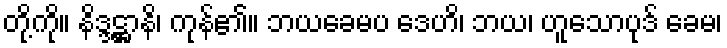
တို့ကို။ နိဒ္ဒဋ္ဌာနိ၊ ကုန်၏။ ဘယခေမပ ဒေဟိ၊ ဘယ၊ ဟူသောပုဒ် ခေမ၊